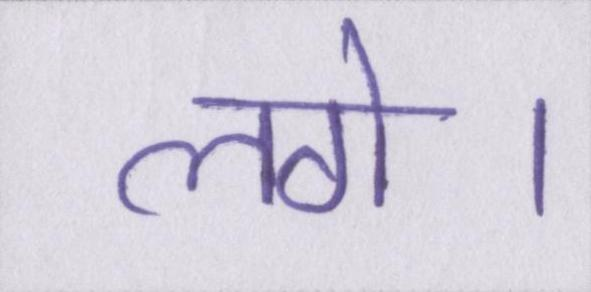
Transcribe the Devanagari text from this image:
लगे।